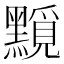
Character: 𪒐